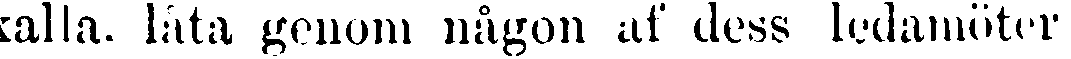
kalla, låta genom någon af dess ledamöter